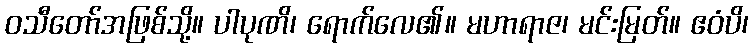
ဝသီတော်အဖြစ်သို့။ ပါပုဏိ၊ ရောက်လေ၏။ မဟာရာဇ၊ မင်းမြတ်။ ဧဝံပိ၊